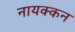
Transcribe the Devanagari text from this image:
नायक्कन